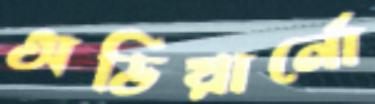
অডিয়ার্নো